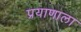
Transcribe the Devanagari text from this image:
प्रयाणाला